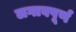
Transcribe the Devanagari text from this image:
लगावपूर्ण